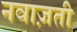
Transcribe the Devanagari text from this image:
नवाज़ती